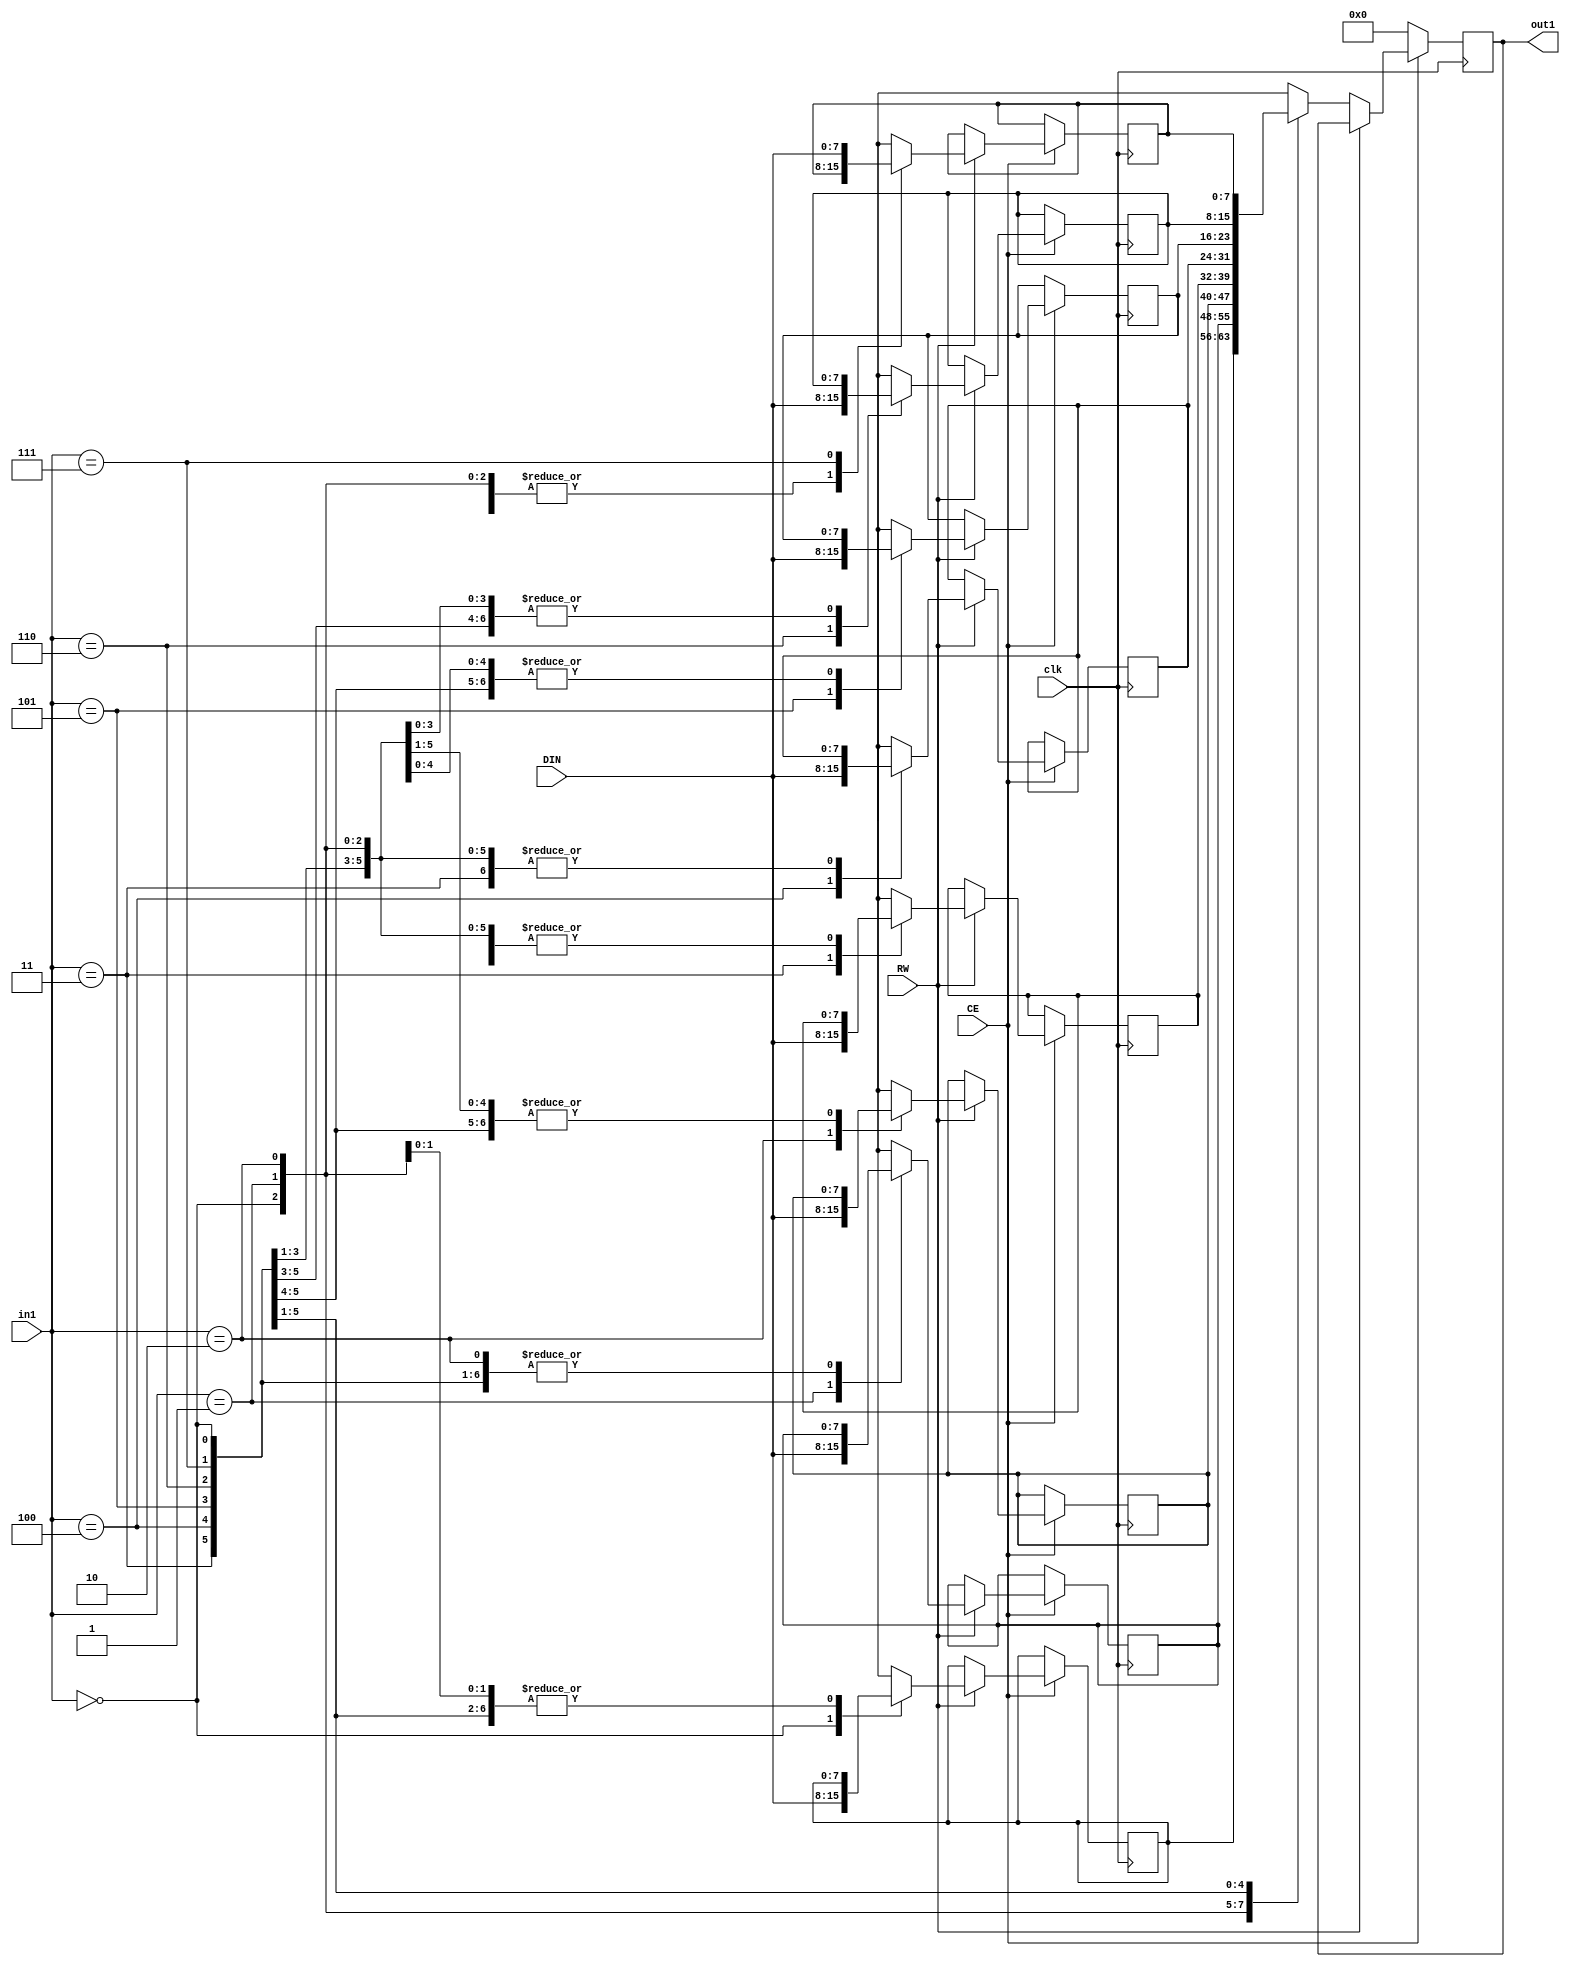
// Generated by stratus_hls 19.12-s100  (91710.131054)
// Mon Apr 25 10:42:57 2022
// from ../DFT_compute.cpp

`timescale 1ps / 1ps

      
module DFT_compute_RAM_8X8_2(DIN, CE, RW, in1, out1, clk);

      input [7:0] DIN;
      input CE;
      input RW;
      input [2:0] in1;
      input clk;
      output [7:0] out1;
      reg [7:0] out1;
      reg[7:0] mem[7:0];

         always @(posedge clk)
          begin :DFT_compute_RAM_8X8_2_thread_1
            if (CE) begin
               if (RW) begin
                  mem[in1] = DIN;
               end
               else begin
                  out1 <= mem[in1];
               end
            end
            else begin
               out1 <= 8'd000;
            end
         end


endmodule